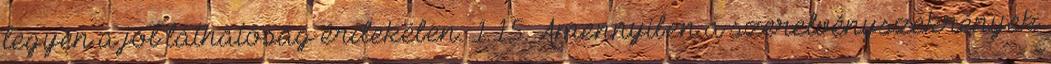
legyen a jól láthatóság érdekében. 1.15. Amennyiben a szerelvényszekrények